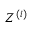
Z ^ { ( i ) }